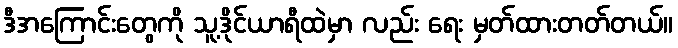
ဒီအကြောင်းတွေကို သူ့ဒိုင်ယာရီထဲမှာ လည်း ရေး မှတ်ထားတတ်တယ်။